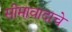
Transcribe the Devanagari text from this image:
सीमावादाचे